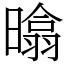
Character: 㬛